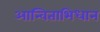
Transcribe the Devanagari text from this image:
आन्विताभिधान